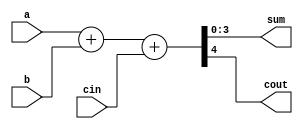
`timescale 1ns/1ps

module fulladd4(sum,cout,a,b,cin);
	output [3:0] sum;
	output cout;
	input [3:0] a,b;
	input cin;
	
	assign {cout,sum} = a + b + cin;
endmodule
module stimulus;
	wire [3:0] sum;
	wire cout;
	reg [31:0] random;
	reg [3:0] a,b;
	reg cin, seed;
	fulladd4 add1(sum,cout,a,b,cin);
	initial begin
		repeat(20) begin
			random = $random;
			a = random[3:0];
			b = random[7:4];
			cin = random[8];
			 #0 $display("%d + %d + %d = %d , %d" ,a,b,cin,sum,cout);
		end
	end
	
endmodule